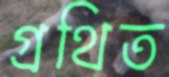
গ্রথিত